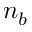
n _ { b }